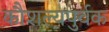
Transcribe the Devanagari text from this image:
कौशल्यपुर्वक